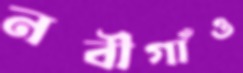
নবীগাঁও